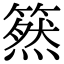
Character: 𥳚